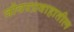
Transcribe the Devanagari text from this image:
जीवनप्रवाहातील